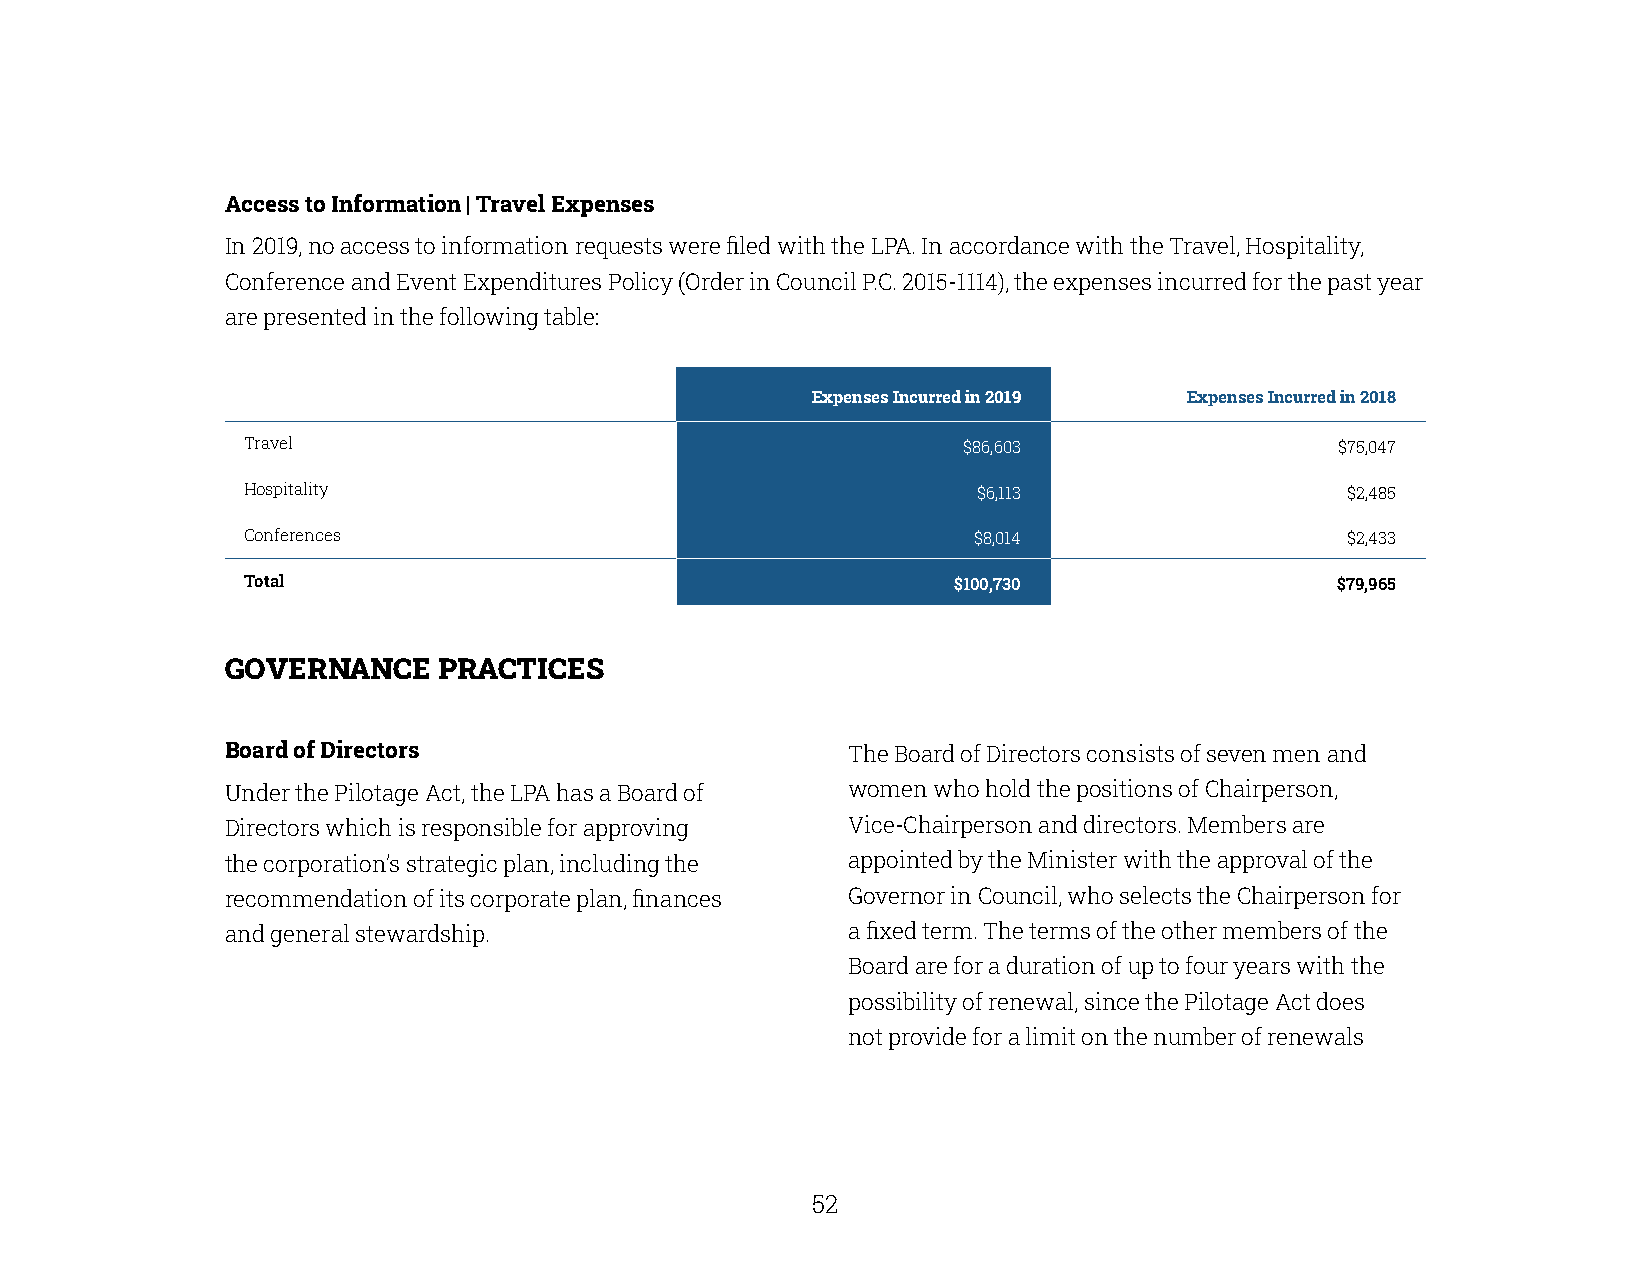
Access to Information | Travel Expenses
 In 2019, no access to information requests were filed with the LPA. In accordance with the Travel, Hospitality,
 Conference and Event Expenditures Policy (Order in Council P.C. 2015-1114), the expenses incurred for the past year
 are presented in the following table:
 Expenses Incurred in 2019 Expenses Incurred in 2018
 Travel                                          $86,603                  $75,047
 Hospitality                                      $6,113                  $2,485
 Conferences                                     $8,014                   $2,433
 Total                                          $100,730                 $79,965
 GOVERNANCE    PRACTICES
 Board of Directors                       The Board of Directors consists of seven men and
 Under the Pilotage Act, the LPA has a Board of women who hold the positions of Chairperson,
 Directors which is responsible for approving Vice-Chairperson and directors. Members are
 the corporation’s strategic plan, including the appointed by the Minister with the approval of the
 recommendation of its corporate plan, finances Governor in Council, who selects the Chairperson for
 and general stewardship.                 a fixed term. The terms of the other members of the
 Board are for a duration of up to four years with the
 possibility of renewal, since the Pilotage Act does
 not provide for a limit on the number of renewals
 52